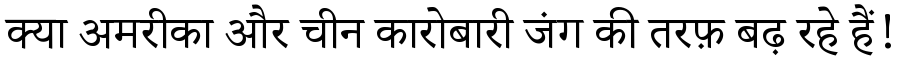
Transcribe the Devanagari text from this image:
क्या अमरीका और चीन कारोबारी जंग की तरफ़ बढ़ रहे हैं!